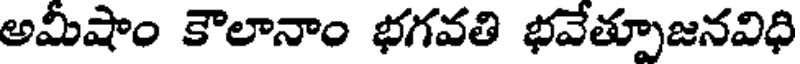
అమీషాం కౌలానాం భగవతి భవేత్పూజనవిధి